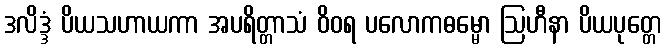
ဒလိဒ္ဒံ ပိယသဟာယကာ အပရိတ္တာသံ ဝိဝရ ပလောကဓမ္မော ဩဟီနာ ပိယပုတ္တေ